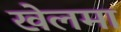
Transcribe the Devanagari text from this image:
खेलमा